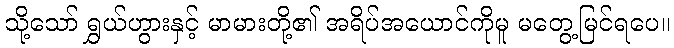
သို့သော် ရွှယ်ဟွားနှင့် မာမားတို့၏ အရိပ်အယောင်ကိုမူ မတွေ့မြင်ရပေ။